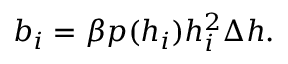
b _ { i } = \beta p ( h _ { i } ) h _ { i } ^ { 2 } \Delta h .